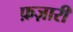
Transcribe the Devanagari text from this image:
फ़ज़ारी